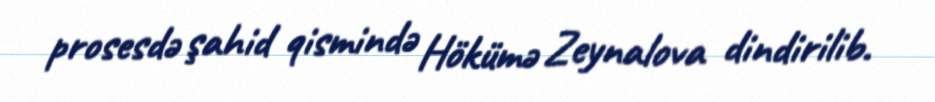
prosesdə şahid qismində Hökümə Zeynalova dindirilib.